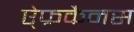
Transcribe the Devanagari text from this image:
ऐ्फ्रकैनस